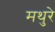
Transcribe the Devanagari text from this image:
मथुरे